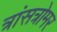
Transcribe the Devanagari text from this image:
त्रांसत्रोमर